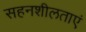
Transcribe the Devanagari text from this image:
सहनशीलताएं